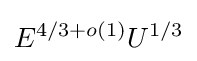
E^{4/3+o(1)}U^{1/3}